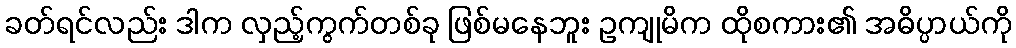
ခတ်ရင်လည်း ဒါက လှည့်ကွက်တစ်ခု ဖြစ်မနေဘူး ဥကျုမိက ထိုစကား၏ အဓိပ္ပာယ်ကို